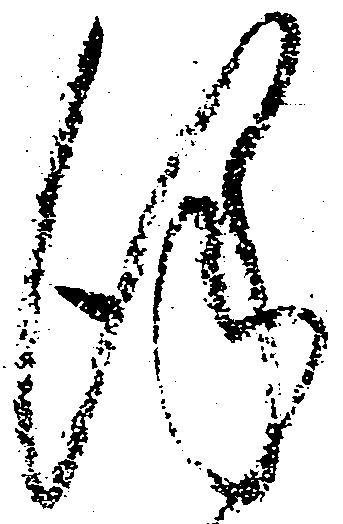
謹